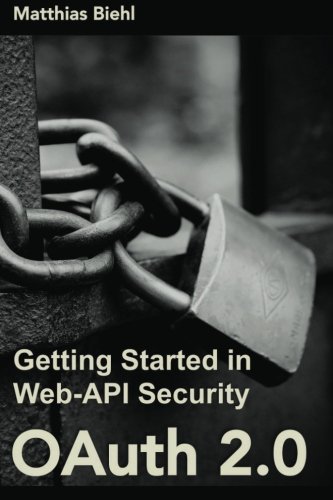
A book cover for OAuth 2.0: Getting Started in Web-API Security (API University Series) (Volume 1); Matthias Biehl; Computers & Technology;